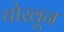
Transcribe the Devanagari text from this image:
चोखून